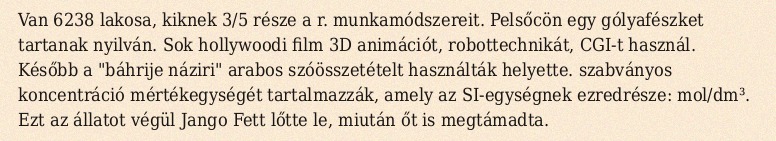
Van 6238 lakosa, kiknek 3/5 része a r. munkamódszereit. Pelsőcön egy gólyafészket tartanak nyilván. Sok hollywoodi film 3D animációt, robottechnikát, CGI-t használ. Később a "báhrije náziri" arabos szóösszetételt használták helyette. szabványos koncentráció mértékegységét tartalmazzák, amely az SI-egységnek ezredrésze: mol/dm³. Ezt az állatot végül Jango Fett lőtte le, miután őt is megtámadta.